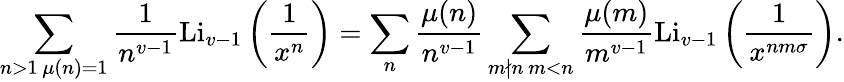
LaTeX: \sum_{\substack{n>1\, \mu(n)=1}}\frac{1}{n^{v-1}}\textnormal{Li}_{v-1}\left(\frac{1}{x^{n}}\right)=\sum_{n}\frac{\mu(n)}{n^{v-1}}\sum_{\substack{m\nmid n\, m<n}}\frac{\mu(m)}{m^{v-1}}\textnormal{Li}_{v-1}\left(\frac{1}{x^{nm\sigma}}\right).